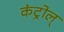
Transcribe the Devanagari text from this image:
कंट्रोल्